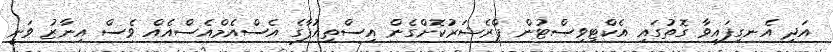
އަދި އެނގިފައިވާ ގޮތުގައި އެކްޓިވިސްޓުން ޕްރެޝަރުކޮށްގެން އިސްތިއުފާގެ އެސްއެމްއެސްއެއް ވެސް އިނާޒު ވަނީ